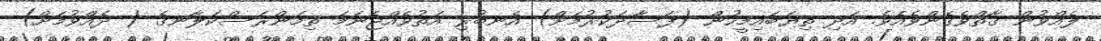
ލެއްވުން ގާތްވެގެންވެއެވެ. އަދި ތިޔަބައިމީހުން (ފަސާދަކުރުމަށް) އެނބުރި އަތުވެއްޖެނަމަ ތިމަންރަސްކަލާނގެ ( ދެއްވުމަށް)